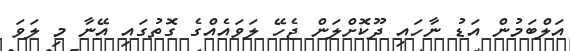
އަލްބަމުން އަޑު ނާހައި ދޫކޮށްލަން ޖެހޭ ލަވައެއްގެ ގޮތުގައި އޭނާ މި ލަވަ